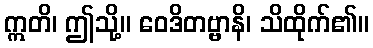
ဣတိ၊ ဤသို့။ ဝေဒိတဗ္ဗာနိ၊ သိထိုက်၏။